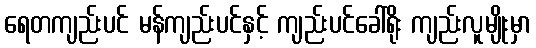
ရေတကျည်းပင် မန်ကျည်းပင်နှင့် ကျည်းပင်ခေါ်ရိုး ကျည်းလူမျိုးမှာ